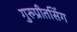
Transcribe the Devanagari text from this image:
गुरुप्रीतसिंग